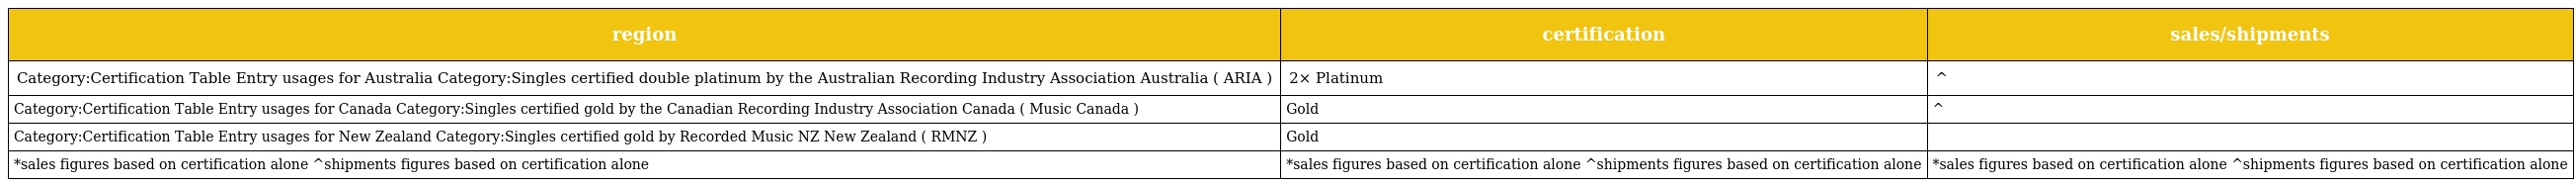
| region | certification | sales/shipments |
 | --- | --- | --- |
 | Category:Certification Table Entry usages for Australia Category:Singles certified double platinum by the Australian Recording Industry Association Australia ( ARIA ) | 2× Platinum | ^ |
 | Category:Certification Table Entry usages for Canada Category:Singles certified gold by the Canadian Recording Industry Association Canada ( Music Canada ) | Gold | ^ |
 | Category:Certification Table Entry usages for New Zealand Category:Singles certified gold by Recorded Music NZ New Zealand ( RMNZ ) | Gold |  |
 | *sales figures based on certification alone ^shipments figures based on certification alone | *sales figures based on certification alone ^shipments figures based on certification alone | *sales figures based on certification alone ^shipments figures based on certification alone |